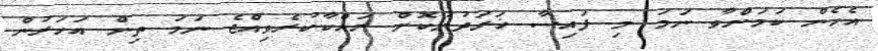
އެހެން ކަމަށްވާ ނަމަ މި ފައިސާ ޚަރަދުނުކޮށް ރައްކާކުރެވިއްޖެ ނަމަ ތިން އަހަރުން